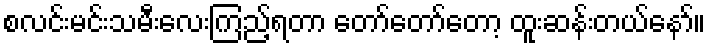
စလင်းမင်းသမီးလေးကြည့်ရတာ တော်တော်တော့ ထူးဆန်းတယ်နော်။